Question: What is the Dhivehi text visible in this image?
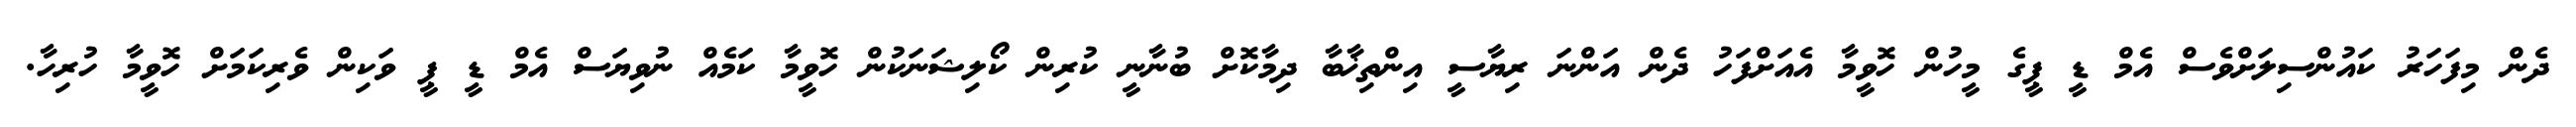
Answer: ދެން މިފަހަރު ކައުންސިލަށްވެސް އެމް ޑީ ޕީގެ މީހުން ހޮވީމާ އެއަށްފަހު ދެން އަންނަ ރިޔާސީ އިންތިޚާބާ ދިމާކޮށް ބުނާނީ ކުރިން ކޯލިޝަނަކުން ހޮވީމާ ކަމެއް ނުވިޔަސް އެމް ޑީ ޕީ ވަކިން ވެރިކަމަށް ހޮވީމާ ހުރިހާ.